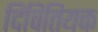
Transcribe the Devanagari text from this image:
दिवितियक